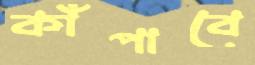
কাঁপাবে